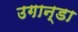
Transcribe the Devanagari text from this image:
उगान्डा